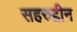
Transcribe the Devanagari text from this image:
सहरुद्दीन